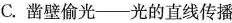
C. 凿壁偷光——光的直线传播